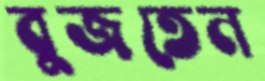
বুজতেন